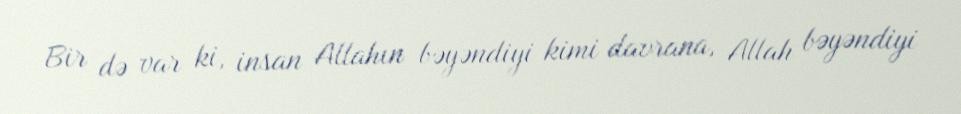
Bir də var ki, insan Allahın bəyəndiyi kimi davrana, Allah bəyəndiyi